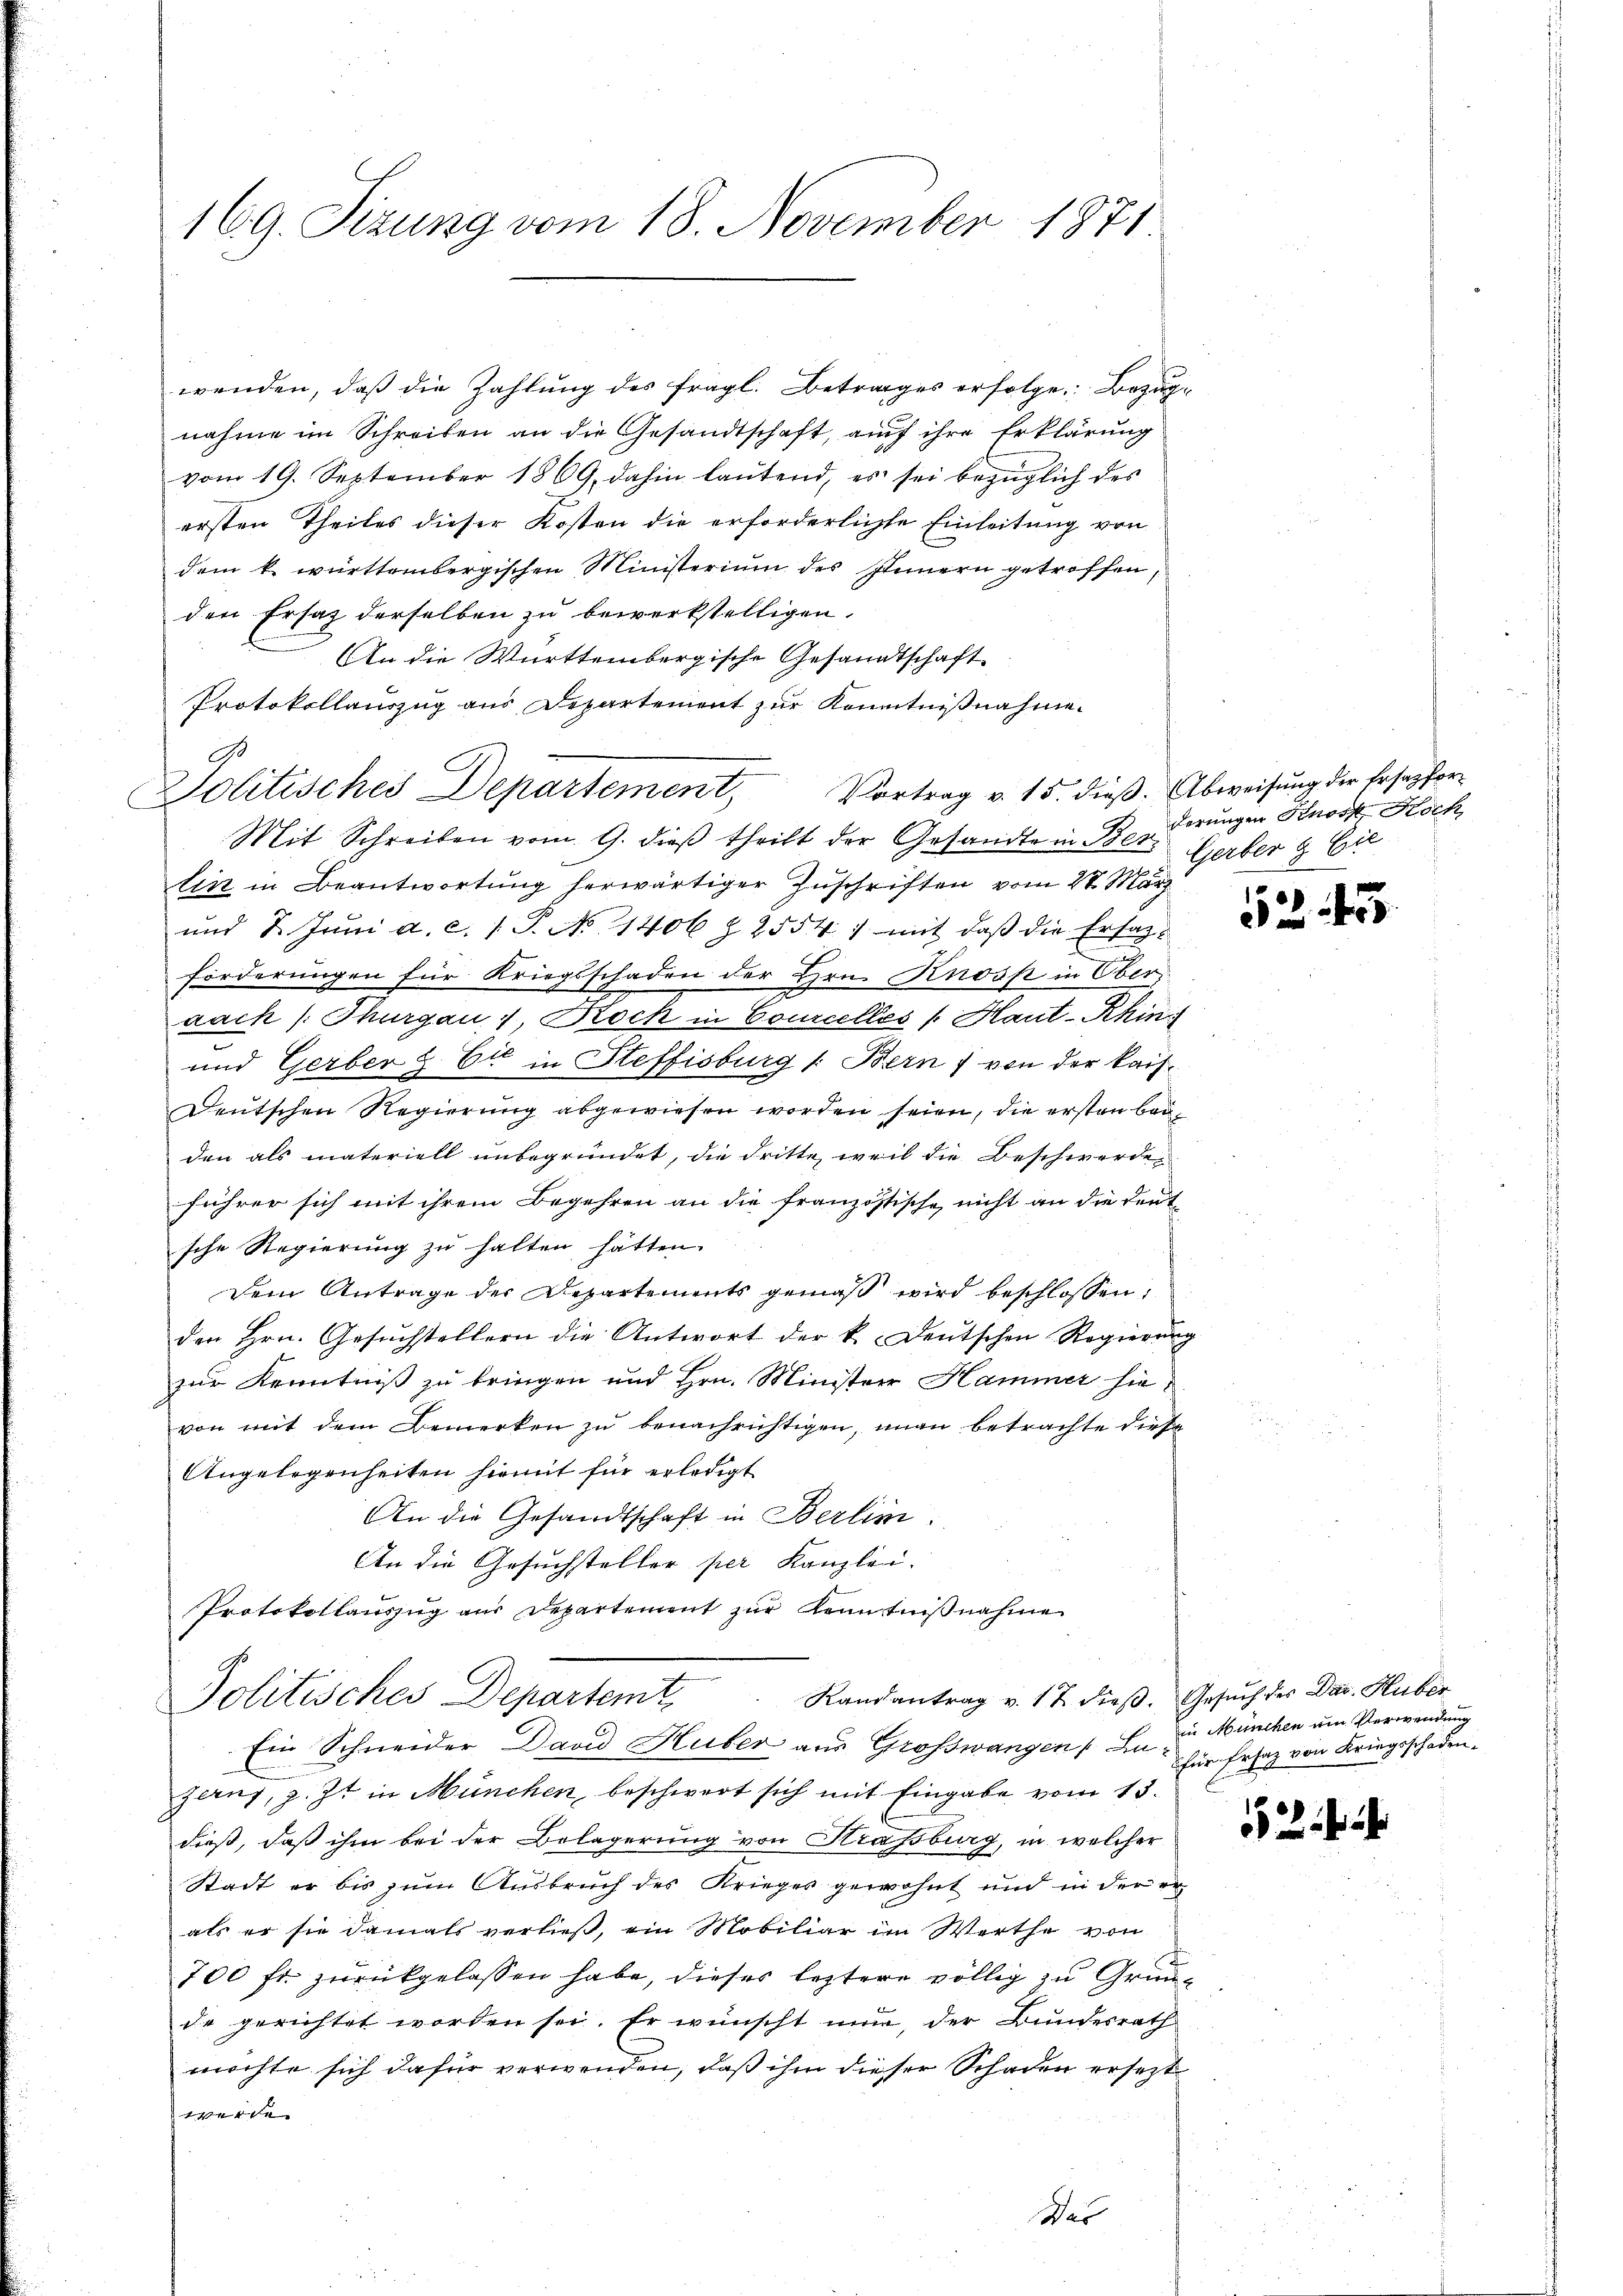
169. Sizung vom 18. November 1871.

wenden, daß die Zahlung des fragl. Betrages erfolge Bezugnahme im Schreiben an die Gesandtschaft, auf ihre Erklärung
vom 19. September 1869, dahin laŭtend, es sei bezüglich des
ersten Theiles dieser Kosten die erforderlichte Einleitung von
dem k. württembergischen Ministerium des Innern getroffen,
den Ersatz derselben zu bewerkstelligen.
An die Württembergische Gesandtschaft
Protokollauszug aus Departement zur Kenntnißnahme.
9
Politisches Departement Vortrag v. 15. dieß. Abweisung der Ersatzfor¬
Mit Schreiben vom 9. dieß theilt der Gesandte in Ber
lin in Beantwortung herwärtiger Zuschriften vom 27. März
und 2. Juni a. c. 1 P. No 1406 Z. 2554) mit daß die Ersatzförderungen für Kriegsschaden der Hrn. Knosp in Oberaach /: Thurgau 1, Rock in Courcelles Haut-Khin
und Gerber & Cie in Steffisburg /: Bern von der kais¬
Deutschen Regierung abgewiesen worden seien, die ersten beiden als materiell unbegründet, die dritte, weil die Beschwerde
führer sich mit ihrem Begehren an die französische, nicht an die Deutsche Regierung zŭ halten hätten.
Dein Antrage der Repartements gemäß wird beschlossen:
den Hrn. Gesŭchstellern die Antwort der k. Deutschen Regierŭng
zur Kenntniß zu bringen und Hrn. Minister Hammer hievon mit dem Bemerken zu benachrichtigen, man betrachte diese
Angelegenheiten hiemit für erledigt
An die Gesandtschaft in Berlin.
An die Gesuchsteller per Kanzlei.
Protokollauszug aus Departement zur Kenntnißnahme
Randantrag v. 17 dieβ. Gesŭch der Dar. Huber
Politisches Departemt
Ein Schneider David Huber aus Großwangen Bezerns, z. Zt. in München, beschwert sich mit Eingabe vom 13.
dieß, daß ihm bei der Belagerung von Strassburg, in welcher
Stadt er bis zum Ausbruch des Krieges gewohnt und in der er
als er sie damals verließ, ein Mobiliar im Werthe von
700 fr. zurückgelassen habe, dieses leztere völlig zu Grunde gerichtet worden sei. Er wünscht nur, der Bundesrath
möchte sich dafür verwenden, daß ihm dieser Schaden ersetzt
werde.
Des

derungen Knos Koch
Gerber & Cie

552. 45

in München um Verwendung
für Ersatz von Kriegsschaden.

2